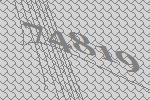
74819